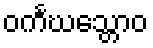
ဝင်္ကဃသ္တောဝ